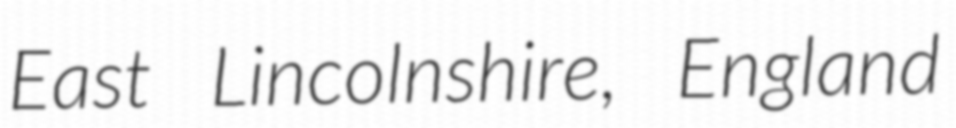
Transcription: East Lincolnshire, England